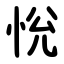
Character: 恱